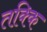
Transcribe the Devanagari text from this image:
तक्कि